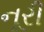
નૂરી